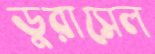
ডুরাসেল